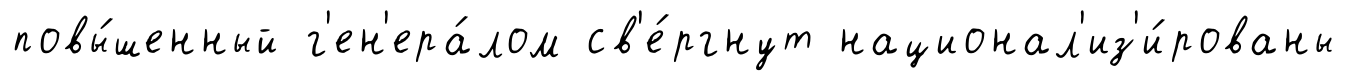
повы́шенный г'ен'ера́лом св'е́ргнут национал'из'и́рованы